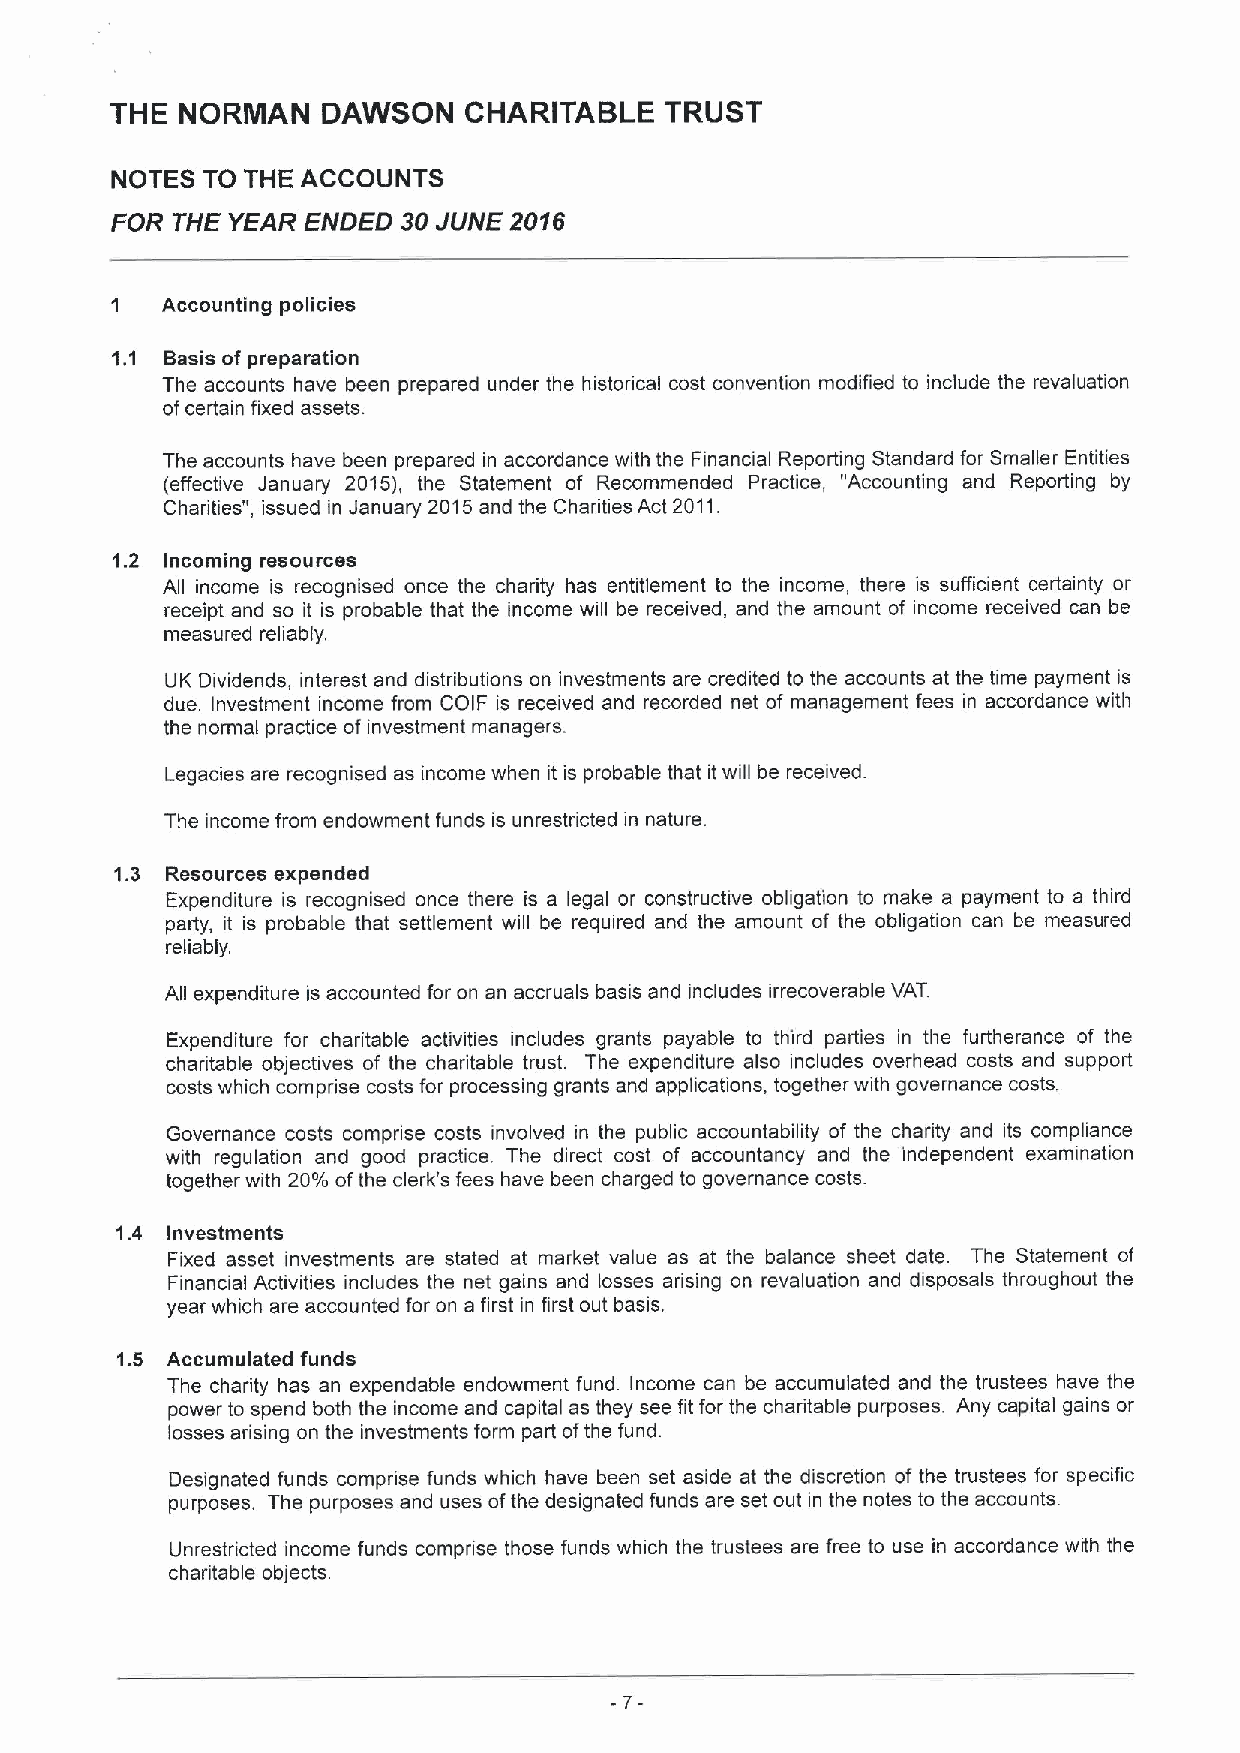
THE  NORMAN   DAWSON    CHARITABLE   TRUST
 NOTES TO THE ACCOUNTS
 FOR THE YEAR ENDED 30 JUNE 2016
 Accounting policies
 Basis of preparation
 The accounts have been prepared under the historical cost convention modified to include the revaluation
 ofcertain fixed assets.
 The accounts have been prepared in accordance with the Financial Reporting Standard for Smaller Entities
 (effective January 2015), the Statement of Recommended Practice, "Accounting and Reporting by
 Charities", issued in January 2015and the Charities Act 2011.
 1.2 Incoming resources
 All income is recognised once the charity has entitlement to the income, there is sufficient certainty or
 receipt and so it is probable that the income will be received, and the amount of income received can be
 measured reliably.
 UK Dividends, interest and distributions on investments are credited to the accounts at the time payment is
 due. Investment income from COIF is received and recorded net of management fees in accordance with
 the normal practice of investment managers.
 Legacies are recognised as income when it is probable that it will be received.
 The income from endowment funds is unrestricted in nature.
 1.3 Resources expended
 Expenditure is recognised once there is a legal or constructive obligation to make a payment to a third
 party, it is probable that settlement will be required and the amount of the obligation can be measured
 reliably.
 All expenditure is accounted for on an accruals basis and includes irrecoverable VAT.
 Expenditure for charitable activities includes grants payable to third parties in the furtherance of the
 charitable objectives of the charitable trust. The expenditure also includes overhead costs and support
 costs which comprise costs for processing grants and applications, together with governance costs,
 Governance costs comprise costs involved in the public accountability of the charity and its compliance
 with regulation and good practice. The direct cost of accountancy and the independent examination
 together with 20%ofthe clerk's fees have been charged to governance costs.
 1.4 Investments
 Fixed asset investments are stated at market value as at the balance sheet date. The Statement of
 Financial Activities includes the net gains and losses arising on revaluation and disposals throughout the
 year which are accounted for on a first in first out basis.
 1.5 Accumulated funds
 The charity has an expendable endowment fund. Income can be accumulated and the trustees have the
 power to spend both the income and capital as they see fit for the charitable purposes. Any capital gains or
 losses arising on the investments form part ofthe fund.
 Designated funds comprise funds which have been set aside at the discretion of the trustees for specific
 purposes. The purposes and uses ofthe designated funds are set out in the notes to the accounts.
 Unrestricted income funds comprise those funds which the trustees are free to use in accordance with the
 charitable objects